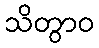
သိတွာဝ